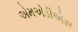
એમએડીએસ